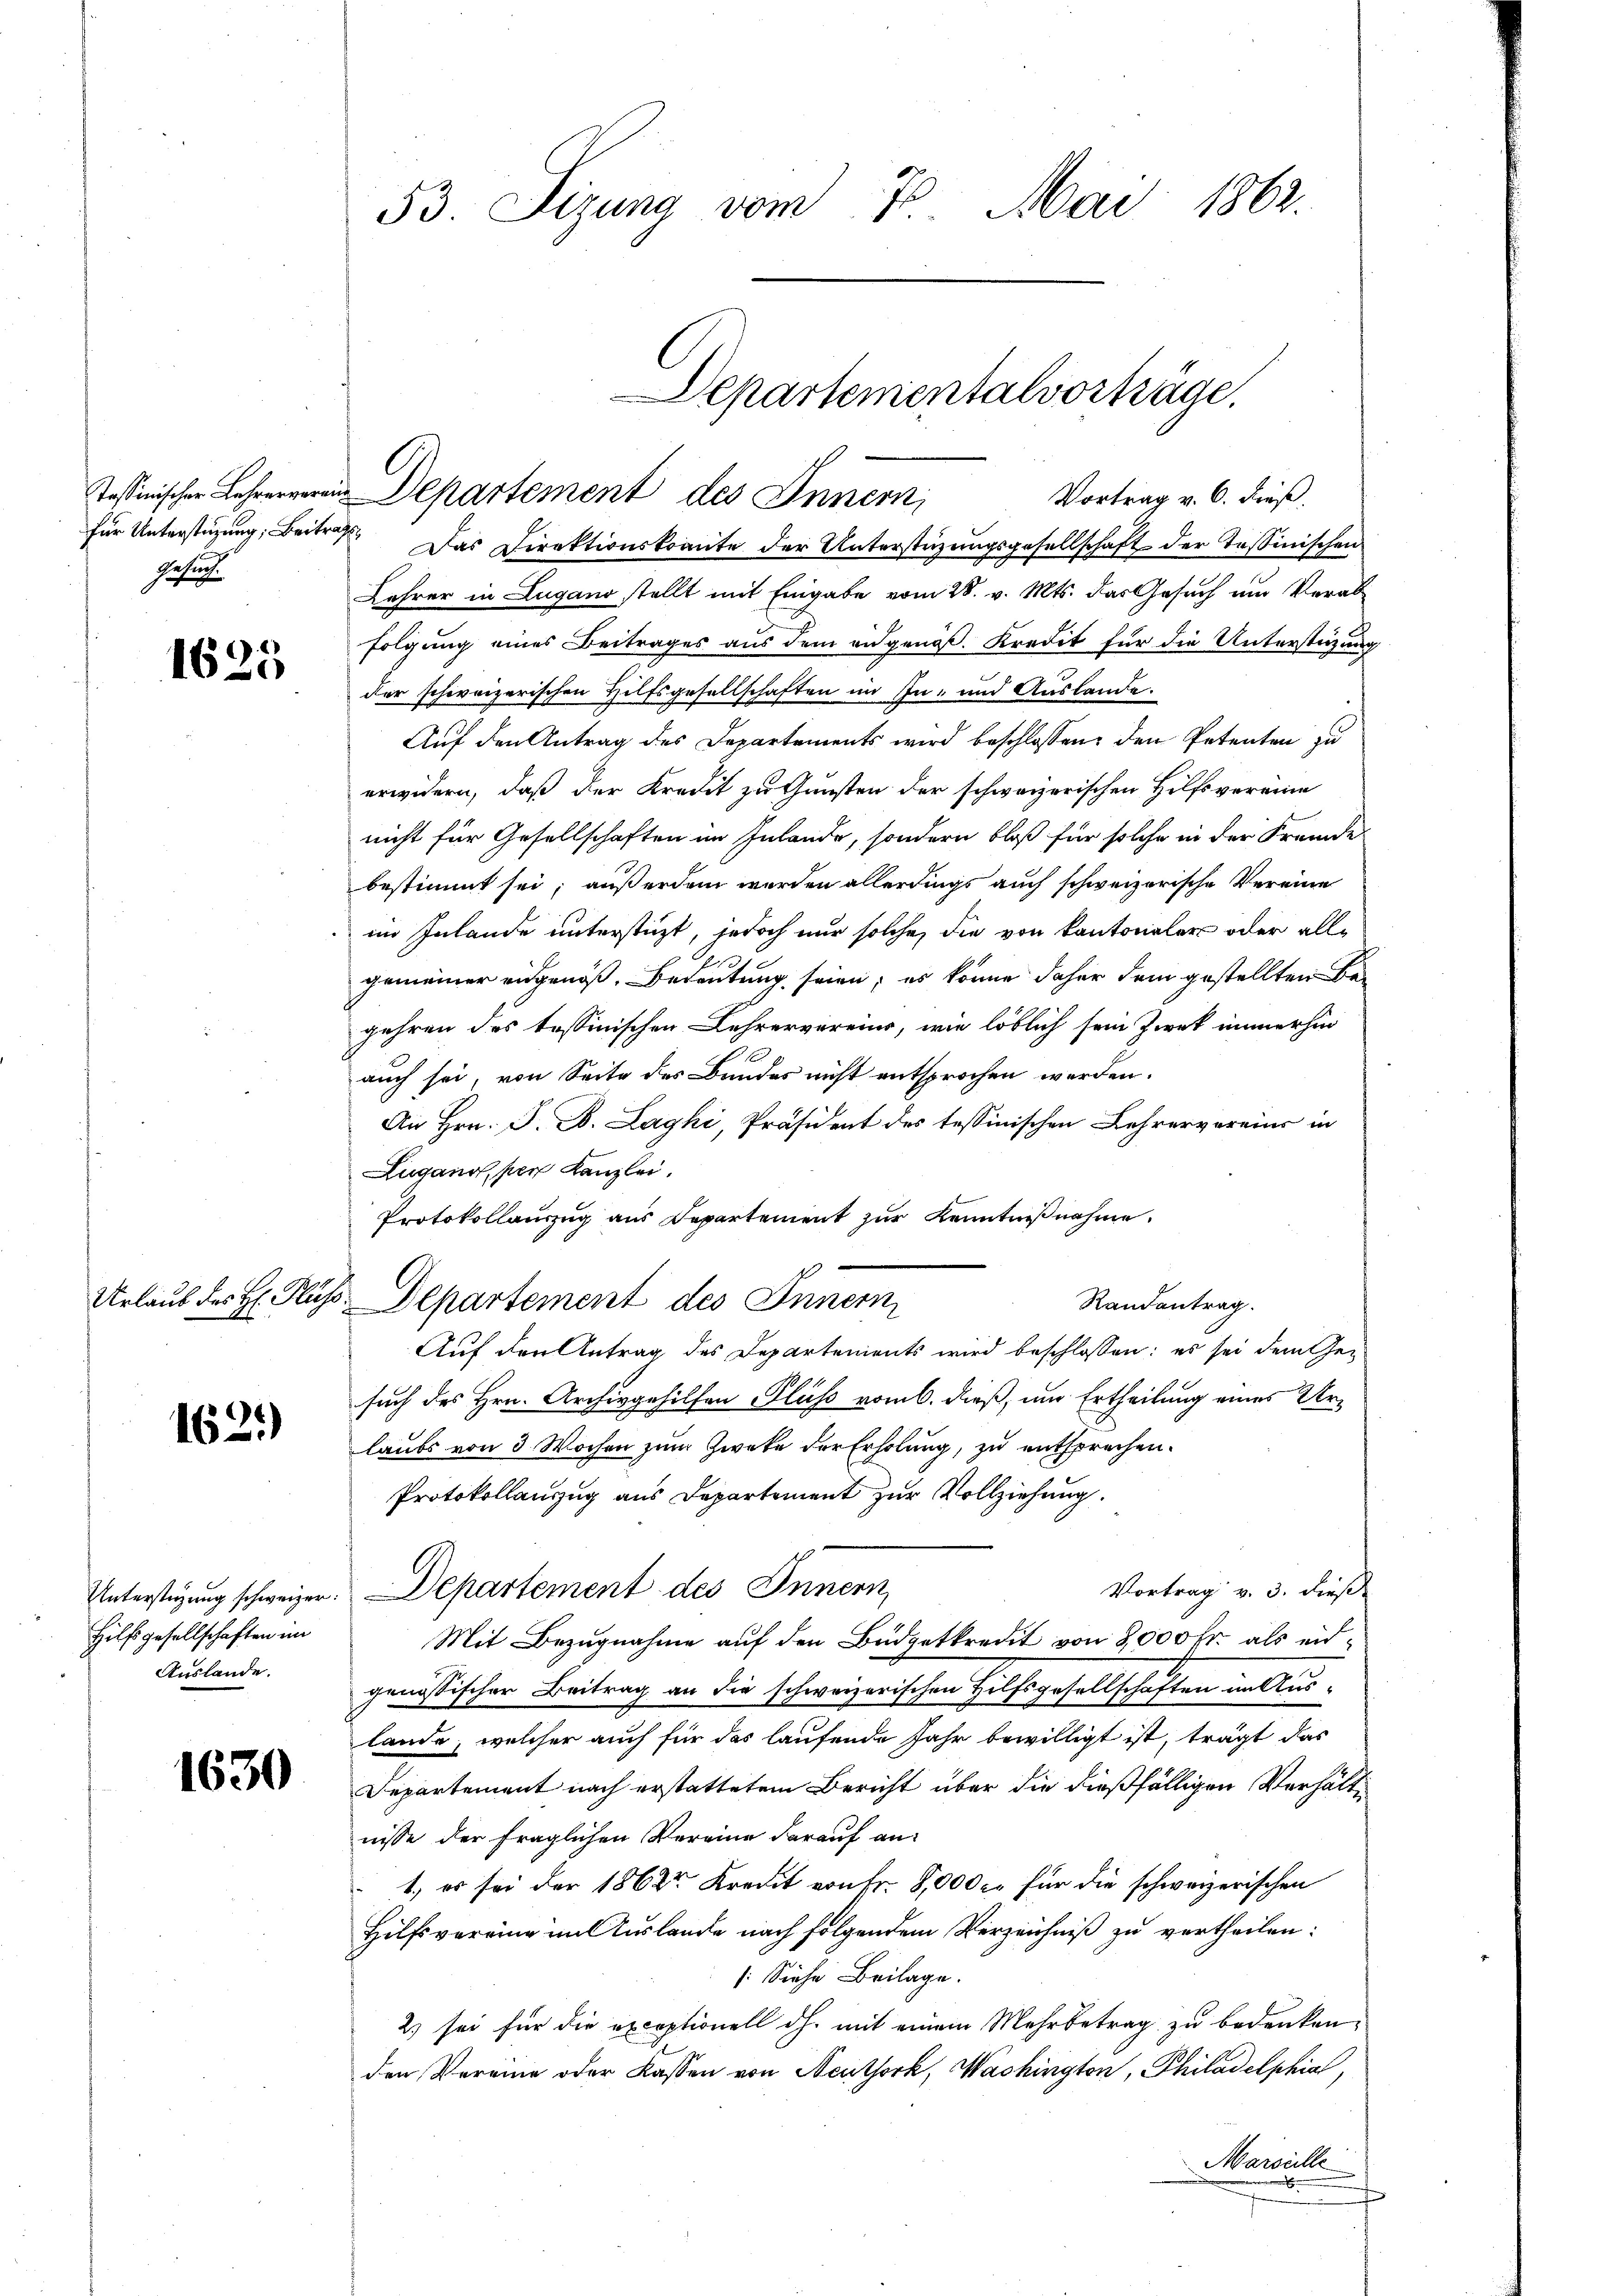
für Unterstüzung; Beitrags
Gesuch.

1625

1621)

Unterstüzung schweizer.
Hilfsgesellschaften im
Auslande.

1630

53. Sizung vom 7. Mai 1862.

Departementalvorträge.
Tessinische Lehen Departement des Innern,
Vortrag v. 6. dieß.

Urlaub des H. Fluss Departement des Innern

Das Direktionskomite der Unterstüzungsgesellschaft der Tessinischen
Lehrer in Lugano stellt mit Eingabe vom 28. v. Mts. das Gesuch um Verabfolgung eines Beitrages aus dem eidgenöß. Kredit für die Unterstüzung
der schweizerischen Hilfsgesellschaften im In- und Auslande.
Auf den Antrag des Departements wird beschlossen, den Petenten zu
erwidern, daß der Kredit zu Gunsten der schweizerischen Hilfsvereine
nicht für Gesellschaften im Inlande, sondern bloß für solche in der Fremde
bestimmt sei; außerdem werden allerdings auch schweizerische Vereine
im Inlande unterstüzt, jedoch nur solche, die von Kantonaler oder allgemeiner eidgenöß. Bedeutung seien; es könne daher dem gestellten Begehren des tessinischen Lehrervereins, wie löblich sein Zwek immerhin
auch sei, von Seite des Bundes nicht entsprochen werden.
An Hrn. J. B. Laghi, Präsident des tessinischen Lehrervereins in
Zugano, per Kanzlei.
Protokollauszug aus Departement zur Kenntnißnahme
Randantrag.
Auf den Antrag des Departements wird beschlossen: es sei dem Ge-
such des Hrn. Archivgehilfen Pluss vom 6. dieß, um Ertheilung eines Urlaubs von 3 Wochen zum Zweke der Erholung, zu entsprechen.
Protokollanzug aus Departement zur Vollziehung.
Vortrag v. 3. dieß
Departement des Innern,
Mit Bezugnahme auf den Büdgetkredit von 8,000 fr. als eidgenössischer Beitrag an die schweizerischen Hilfsgesellschaften in Auslande, welcher auch für das laufende Jahr bewilligt ist, trägt das
Departement nach erstattetem Bericht über die dießfälligen Verhältnisse der fraglichen Vereine darauf an:
1.) es sei der 1862r Kredit von Fr. 8,000 fr für die schweizerischen
Hilfsvereine im Auslande nach folgendem Verzeichniß zu vertheilen:
/: Siehe Beilage.
2) sei für die exceptionell dh. mit einem Mehrbetrag zu bedenken,
den Vereine oder Kassen von Neuthork, Washington, Philadelphia,
Marseille